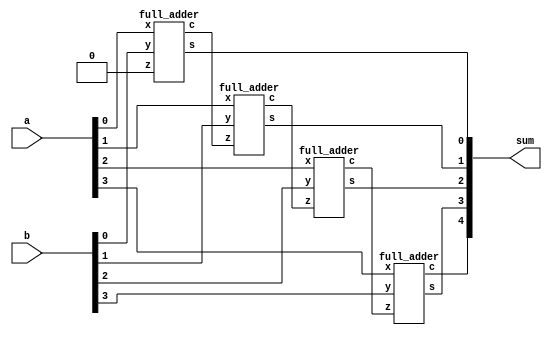
`timescale 1ns / 1ps

module binary_adder(
    input [3:0] a, b,
    output [4:0] sum 
    );
    
    wire c1, c2, c3, c4;
    full_adder f1(.x(a[0]), .y(b[0]), .z(1'b0), .s(sum[0]), .c(c1));
    full_adder f2(.x(a[1]), .y(b[1]), .z(c1),   .s(sum[1]), .c(c2));
    full_adder f3(.x(a[2]), .y(b[2]), .z(c2),   .s(sum[2]), .c(c3));
    full_adder f4(.x(a[3]), .y(b[3]), .z(c3),   .s(sum[3]), .c(c4));
    assign sum[4] = c4;
endmodule

module full_adder(
    input x, y, z,
    output c, s
    );
    
    wire net1, net2, net3, net4, net5, net6;
    // s = x'y'z + x'yz' + xy'z' + xyz = z xor (x xor y)
    //assign s = (~x & ~y & z) | (~x & y & ~z) | (x & ~y & ~z) | (x & y & z);
    xor u0(net1, x, y);
    xor u1(s, net1, z);
    
    // c = xy + xz + yz
    //assign c = (x & y) | (x & z) | (y & z);
    and u2(net2, x, y);
    and u3(net3, x, z);
    and u4(net4, y, z);
    or  u5(net5, net2, net3);
    or  u6(c, net4, net5);
endmodule